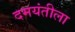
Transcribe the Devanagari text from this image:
दमयंतीला